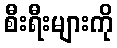
စီးရီးများကို